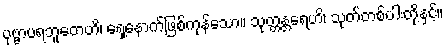
ပုဗ္ဗာပရဘူတေဟိ၊ ရှေ့နောက်ဖြစ်ကုန်သော။ သုတ္တန္တရေဟိ၊ သုတ်တစ်ပါးတို့နှင့်။